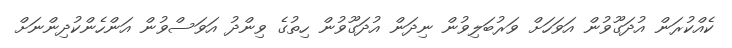
ކެއްކުރަން އުދަގޫވުން އަވަހަށް ވަރުބަލިވުން ނިދަން އުދަގޫވުން ހިތުގެ ވިންދު އަވަސްވުން އަންހެންކުދިންނަށް